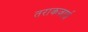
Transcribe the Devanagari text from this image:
तराकज़ाई